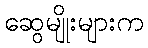
ဆွေမျိုးများက